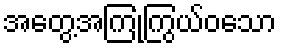
အတွေ့အကြုံကြွယ်ဝသော